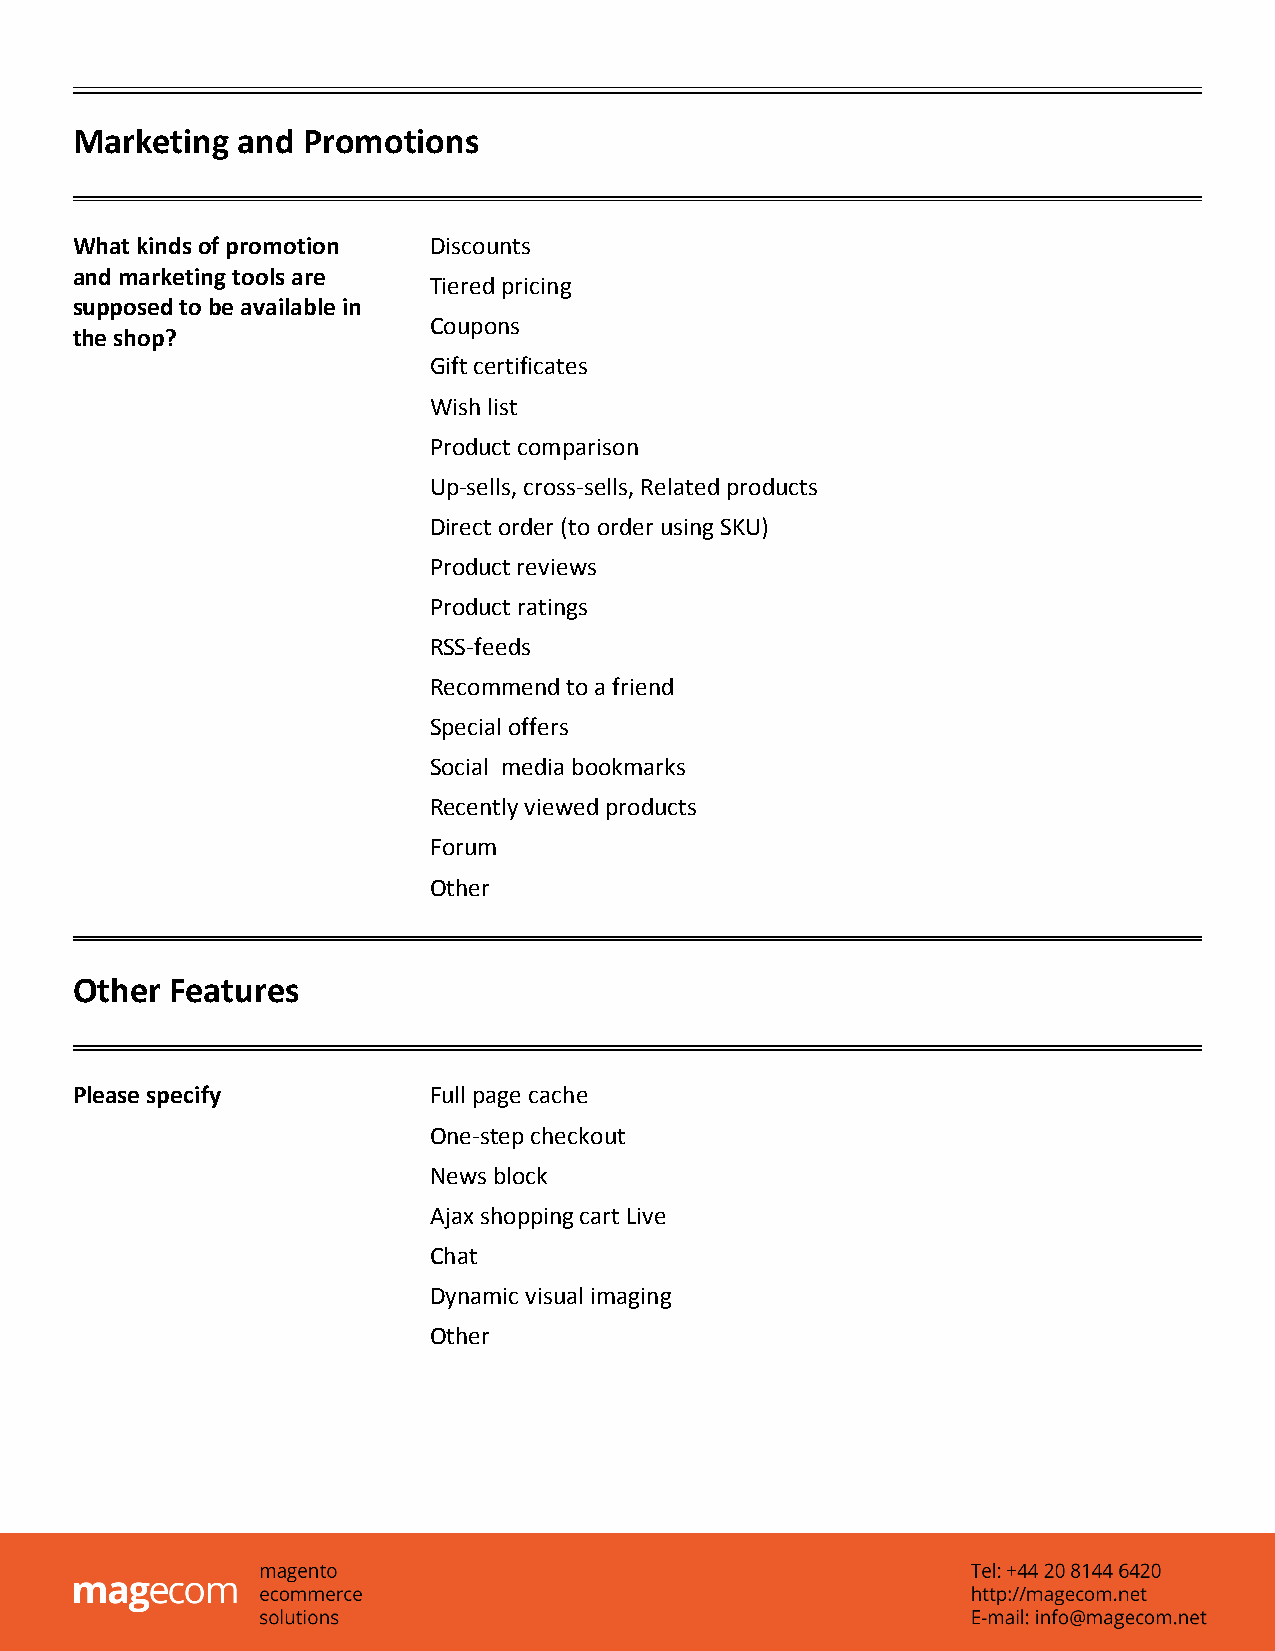
Marketing  and Promotions
 What kinds of promotion Discounts
 and marketing tools are
 Tiered pricing
 supposed to be available in
 Coupons
 the shop?
 Gift certificates
 Wish list
 Product comparison
 Up-sells, cross-sells, Related products
 Direct order (to order using SKU)
 Product reviews
 Product ratings
 RSS-feeds
 Recommend to a friend
 Special offers
 Social media bookmarks
 Recently viewed products
 Forum
 Other
 Other Features
 Please specify         Full page cache
 One-step checkout
 News block
 Ajax shopping cart Live
 Chat
 Dynamic visual imaging
 Other